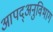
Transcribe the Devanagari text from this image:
आपद्अनुविभाग